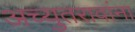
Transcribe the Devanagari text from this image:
अच्युतरावांना